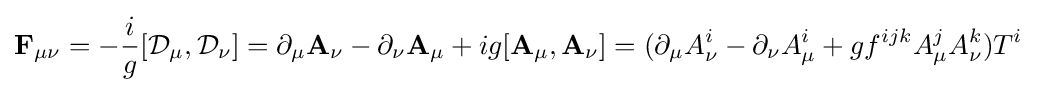
\mathbf {F} _{\mu \nu }=-{i \over g}[\mathbf {\mathcal {D}} _{\mu },\mathbf {\mathcal {D}} _{\nu }]=\partial _{\mu }\mathbf {A} _{\nu }-\partial _{\nu }\mathbf {A} _{\mu }+ig[\mathbf {A} _{\mu },\mathbf {A} _{\nu }]=(\partial _{\mu }A_{\nu }^{i}-\partial _{\nu }A_{\mu }^{i}+gf^{ijk}A_{\mu }^{j}A_{\nu }^{k})T^{i}